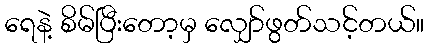
ရေနဲ့ စိမ်ပြီးတော့မှ လျှော်ဖွတ်သင့်တယ်။